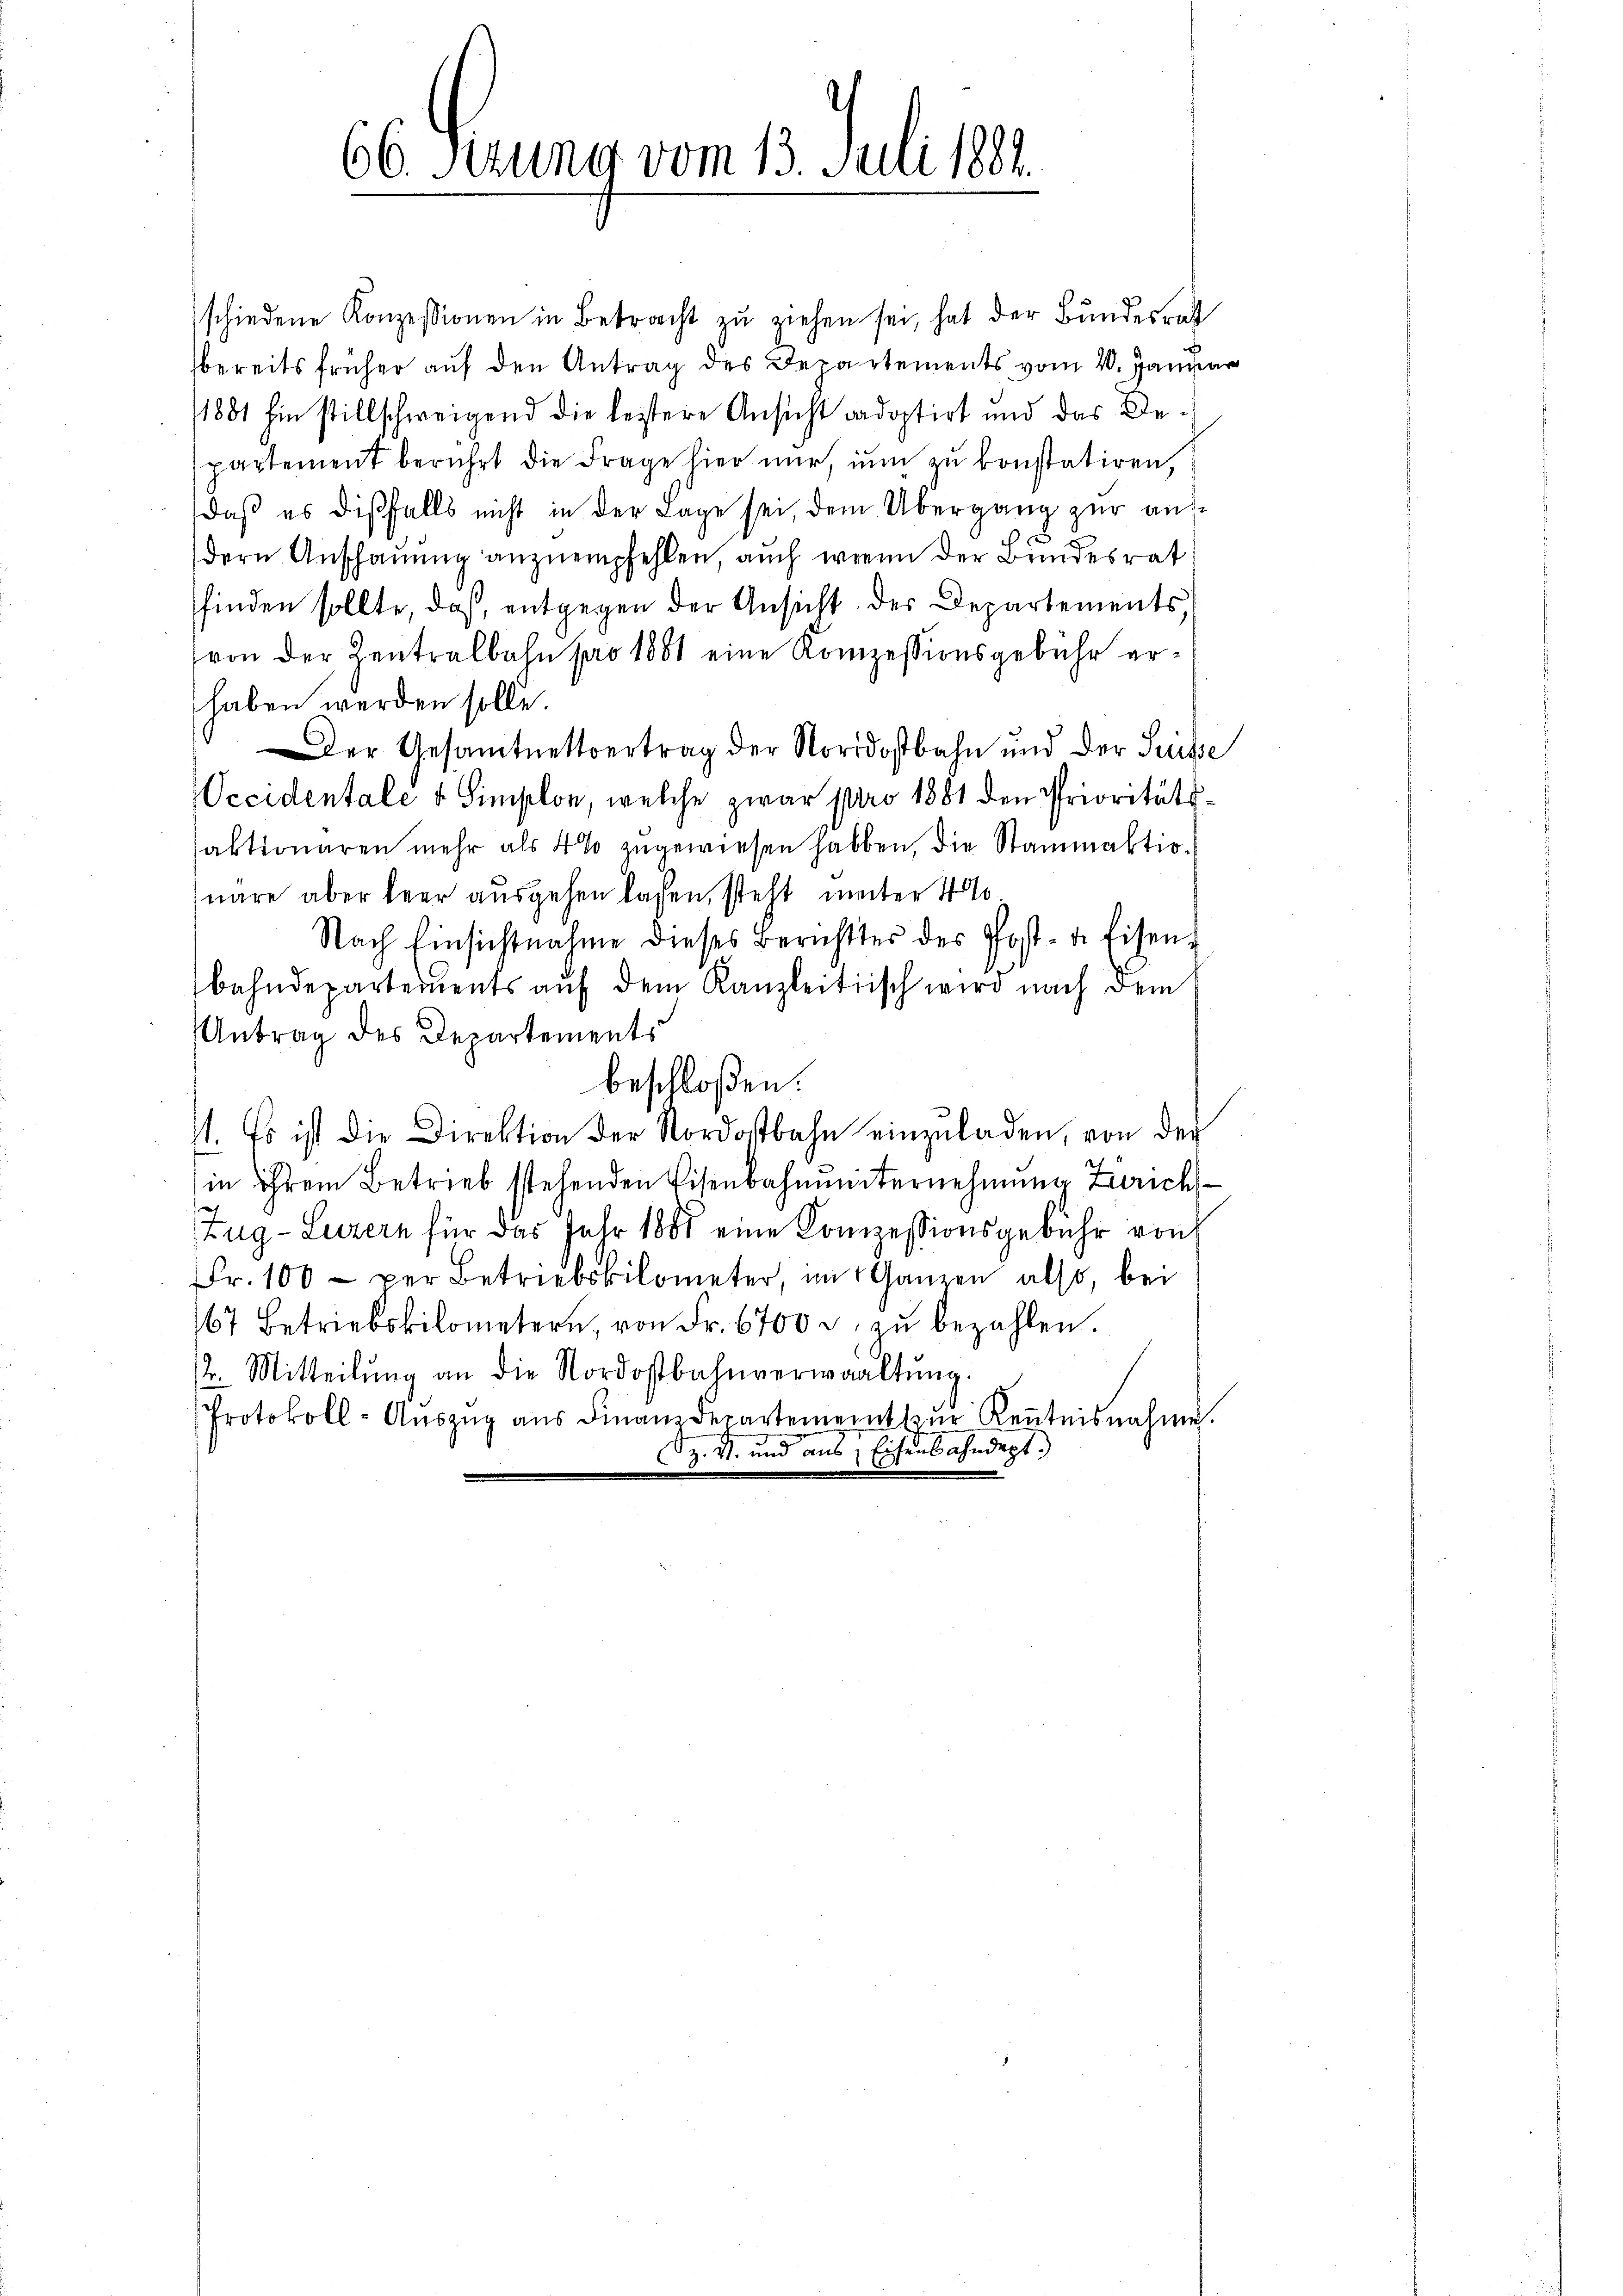
66. Ferung vom 13. Juli 1891.

schiedene Konzessionen in Betracht zŭ ziehen sei, hat der Bundesrath
bereits früher auf den Antrag des Departements vom 20. Januar
1881 hin stillschweigend die leztere Ansicht cadoptirt und das Despartement berührt die Frage hier nur, nun zu konstatiren,
daß es dißfalls nicht in der Lage sei, dem Übergang zur ausx
dern Anschauung anzuempfehlen, auch wenn der Bundesrat
finden sollte, daß, entgegen der Ansicht des Departements
von der Zentralbahn pro 1881 eine Konzessionsgebühr erhaben werden solle.
Der Gesamtnettvertrag der Nordostbahn und der Suisse
ccidentale v Simplon, welche zwar pro 1881 den Prioritätsfaktionaren mehr als 4 % zugewiesen haben, die Stammaktionäre aber leer ausgehen lassen, steht unter 400
Nach Einsichtnahme dieses Berichtes des Post- u. Eisenbahndepartements auf dem Kanzleitisch wird nach dem
Antrag des Departements
beschloßen:
1. Es ist die Direktion der Nordostbahn einzŭladen, von der
in ihrem Betrieb stehenden Eisenbahnŭnternehmung Zürich
Zug–Luzern für das Jahr 1888 eine Konzessionsgebühr von
Fr. 100 per Betriebskilometer, im Ganzen also, bei
167 betriebskilometern, von Fr. 6700 u. zu bezahlen.
2. Mitteilŭng an die Nordostbahnverwaltŭng.
Protokoll-Aŭszŭg aŭs Finanzdepartement zŭr Keṅtnisnahme.
Z. V. und aus Eisenbahndept.)